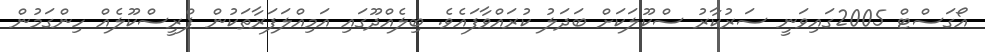
އޯގަސްޓް 2005ގައިވަނީ ސަރުކާރު ސްކޫލަކަށް ބަދަލު ކުރައްވާފައެވެ. ބިލެއްދޫގައި އަމިއްލަފަރާތަކުން ޕްރީސްކޫލެއް ހިންގަމުން